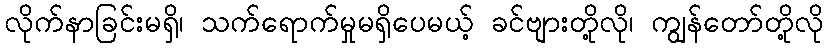
လိုက်နာခြင်းမရှိ၊ သက်ရောက်မှုမရှိပေမယ့် ခင်ဗျားတို့လို၊ ကျွန်တော်တို့လို